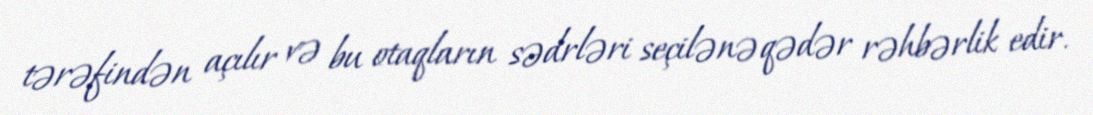
tərəfindən açılır və bu otaqların sədrləri seçilənə qədər rəhbərlik edir.